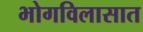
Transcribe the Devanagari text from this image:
भोगविलासात